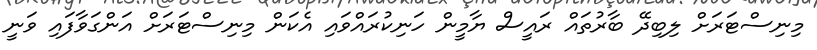
މިނިސްޓަރަށް ލިބިދޭ ބާރުތައް ރައީސް ޔާމީން ހަނިކުރައްވައި އެކަން މިނިސްޓަރަށް އަންގަވާފައި ވަނީ